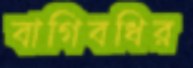
বাগিবধির